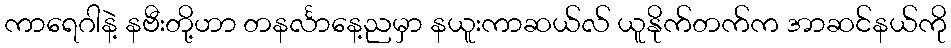
ကာရေဂါနဲ့ နဗီးတို့ဟာ တနင်္လာနေ့ညမှာ နယူးကာဆယ်လ် ယူနိုက်တက်က အာဆင်နယ်ကို